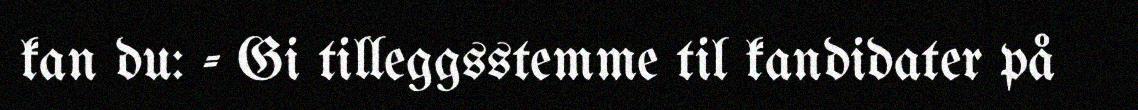
kan du: - Gi tilleggsstemme til kandidater på